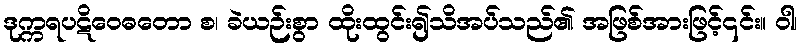
ဒုက္ကရပဋိဝေဓတော စ၊ ခဲယဉ်းစွာ ထိုးထွင်း၍သိအပ်သည်၏ အဖြစ်အားဖြင့်၎င်း။ ဝါ၊